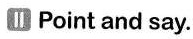
ⅡPoint and say.